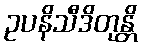
ဥပနိသီဒိတုန္တိ